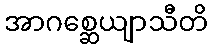
အာဂစ္ဆေယျာသီတိ